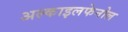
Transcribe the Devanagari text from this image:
अल्काइलफेनोल